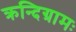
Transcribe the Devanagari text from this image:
क्रन्दिग्रामः